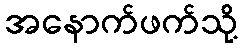
အနောက်ဖက်သို့